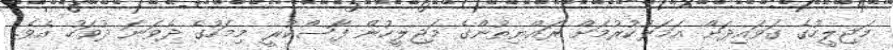
މަޖިލީހުގެ ގަވައިދަށް އަމަލުކުރުމަށް ރައްޔިތުންގެ މަޖިލީހުން ފާސްކުރީ މިމަހުގެ ދެވަނަ ދުވަހު އެވެ.